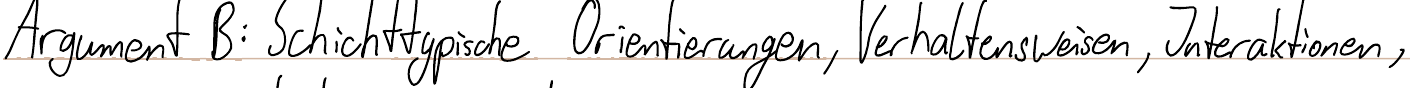
Argument B: Schichttypische Orientierungen, Verhaltensweisen, Interaktionen,